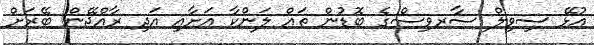
އުޅޭ ސިވިލް ސާރވިސްގެ ބޮޑުން ތައް ލަންކާ އަށާއި އަދި ރާއްޖޭން ބޭރަށް